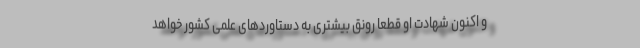
و اکنون شهادت او قطعا رونق بیشتری به دستاورد‌های علمی کشور خواهد